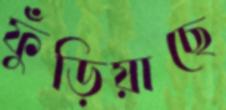
ফুঁড়িয়াছে